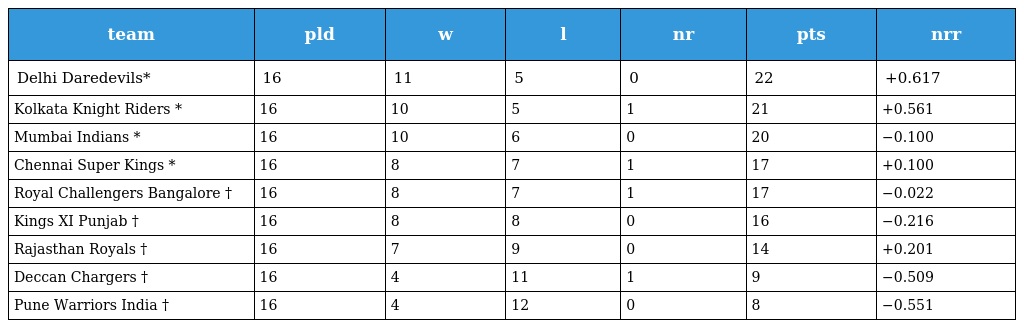
| team | pld | w | l | nr | pts | nrr |
 | --- | --- | --- | --- | --- | --- | --- |
 | Delhi Daredevils* | 16 | 11 | 5 | 0 | 22 | +0.617 |
 | Kolkata Knight Riders * | 16 | 10 | 5 | 1 | 21 | +0.561 |
 | Mumbai Indians * | 16 | 10 | 6 | 0 | 20 | −0.100 |
 | Chennai Super Kings * | 16 | 8 | 7 | 1 | 17 | +0.100 |
 | Royal Challengers Bangalore † | 16 | 8 | 7 | 1 | 17 | −0.022 |
 | Kings XI Punjab † | 16 | 8 | 8 | 0 | 16 | −0.216 |
 | Rajasthan Royals † | 16 | 7 | 9 | 0 | 14 | +0.201 |
 | Deccan Chargers † | 16 | 4 | 11 | 1 | 9 | −0.509 |
 | Pune Warriors India † | 16 | 4 | 12 | 0 | 8 | −0.551 |